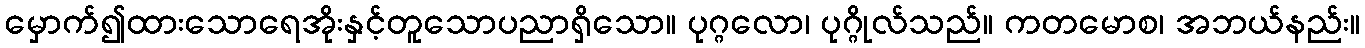
မှောက်၍ထားသောရေအိုးနှင့်တူသောပညာရှိသော။ ပုဂ္ဂလော၊ ပုဂ္ဂိုလ်သည်။ ကတမောစ၊ အဘယ်နည်း။